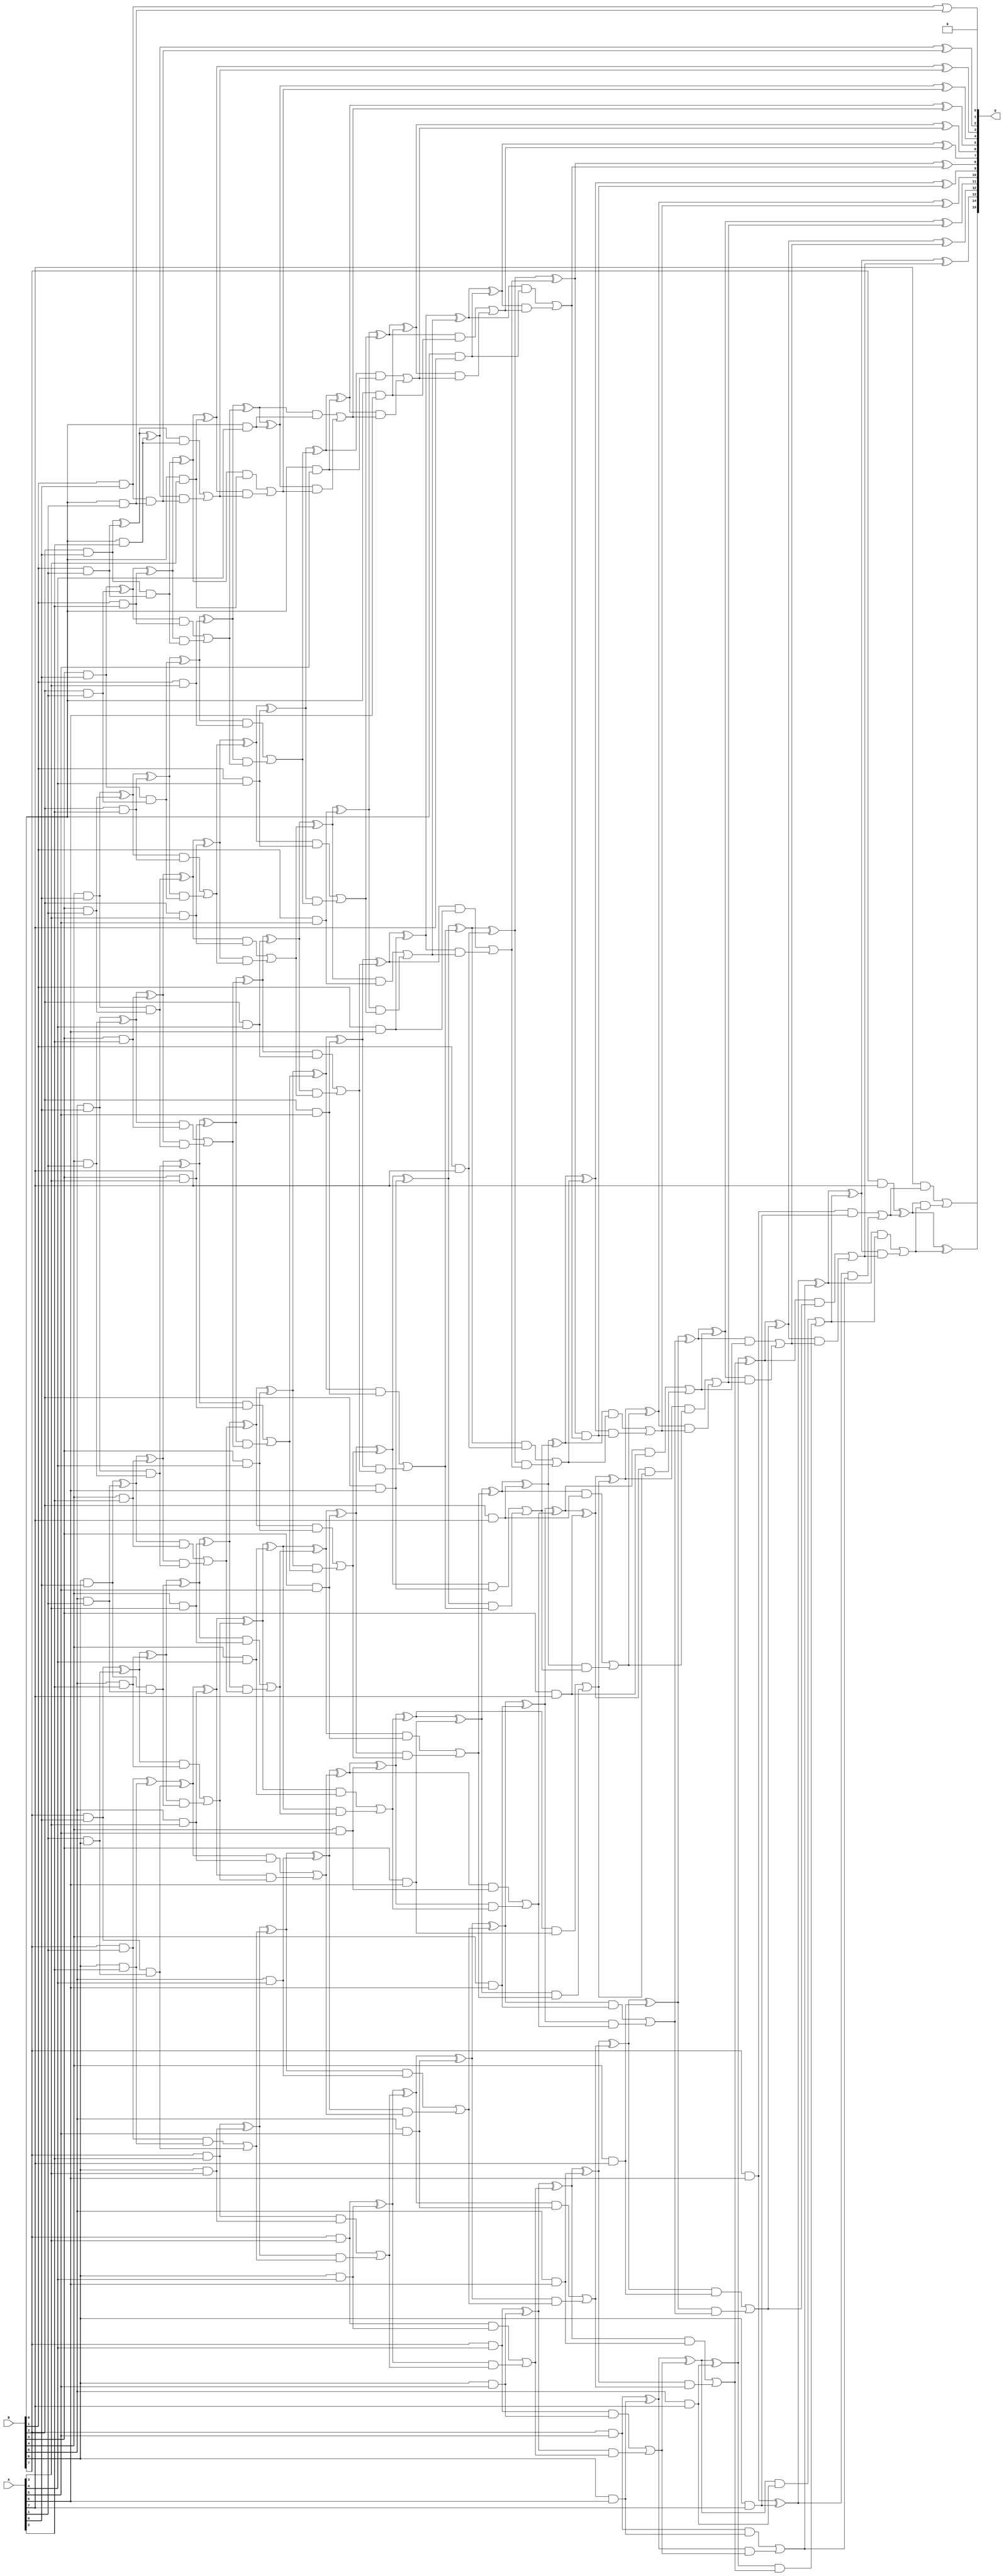
// This program was cloned from: https://github.com/ehw-fit/evoapproxlib
// License: MIT License

/***
* This code is a part of EvoApproxLib library (ehw.fit.vutbr.cz/approxlib) distributed under The MIT License.
* When used, please cite the following article(s): V. Mrazek, Z. Vasicek, L. Sekanina, H. Jiang and J. Han, "Scalable Construction of Approximate Multipliers With Formally Guaranteed Worst Case Error" in IEEE Transactions on Very Large Scale Integration (VLSI) Systems, vol. 26, no. 11, pp. 2572-2576, Nov. 2018. doi: 10.1109/TVLSI.2018.2856362 
* This file contains a circuit from a sub-set of pareto optimal circuits with respect to the pwr and ep parameters
***/
// MAE% = 0.0000015 %
// MAE = 64 
// WCE% = 0.000006 %
// WCE = 257 
// WCRE% = 100.00 %
// EP% = 37.50 %
// MRE% = 0.00011 %
// MSE = 16416 
// PDK45_PWR = 2.184 mW
// PDK45_AREA = 3084.2 um2
// PDK45_DELAY = 3.12 ns

module mult8_cgp14ep_ep49152_wc1_2_csamrca (
    A,
    B,
    O
);

input [7:0] A;
input [7:0] B;
output [15:0] O;

wire sig_16,sig_17,sig_18,sig_19,sig_20,sig_21,sig_22,sig_23,sig_24,sig_25,sig_26,sig_27,sig_28,sig_29,sig_30,sig_31,sig_32,sig_33,sig_34,sig_35;
wire sig_36,sig_37,sig_38,sig_39,sig_40,sig_41,sig_42,sig_43,sig_44,sig_45,sig_46,sig_47,sig_48,sig_49,sig_50,sig_51,sig_52,sig_53,sig_54,sig_55;
wire sig_56,sig_57,sig_58,sig_59,sig_60,sig_61,sig_62,sig_63,sig_64,sig_65,sig_66,sig_67,sig_68,sig_69,sig_70,sig_71,sig_72,sig_73,sig_74,sig_75;
wire sig_76,sig_77,sig_78,sig_79,sig_80,sig_81,sig_82,sig_83,sig_84,sig_85,sig_87,sig_88,sig_89,sig_90,sig_91,sig_92,sig_93,sig_94,sig_95,sig_96;
wire sig_97,sig_98,sig_99,sig_100,sig_101,sig_102,sig_103,sig_104,sig_105,sig_106,sig_107,sig_108,sig_109,sig_110,sig_111,sig_112,sig_113,sig_114,sig_115,sig_116;
wire sig_117,sig_118,sig_119,sig_120,sig_121,sig_122,sig_123,sig_124,sig_125,sig_126,sig_127,sig_128,sig_129,sig_130,sig_131,sig_132,sig_133,sig_134,sig_135,sig_136;
wire sig_137,sig_138,sig_139,sig_140,sig_141,sig_142,sig_143,sig_144,sig_145,sig_146,sig_147,sig_148,sig_149,sig_150,sig_151,sig_152,sig_153,sig_154,sig_155,sig_156;
wire sig_157,sig_158,sig_159,sig_160,sig_161,sig_162,sig_163,sig_164,sig_165,sig_166,sig_167,sig_168,sig_169,sig_170,sig_171,sig_172,sig_173,sig_174,sig_175,sig_176;
wire sig_177,sig_178,sig_179,sig_180,sig_181,sig_182,sig_183,sig_184,sig_185,sig_186,sig_187,sig_188,sig_189,sig_190,sig_191,sig_192,sig_193,sig_194,sig_195,sig_196;
wire sig_197,sig_198,sig_199,sig_200,sig_201,sig_202,sig_203,sig_204,sig_205,sig_206,sig_207,sig_208,sig_209,sig_210,sig_211,sig_212,sig_213,sig_214,sig_215,sig_216;
wire sig_217,sig_218,sig_219,sig_220,sig_221,sig_222,sig_223,sig_224,sig_225,sig_226,sig_227,sig_228,sig_229,sig_230,sig_231,sig_232,sig_233,sig_234,sig_235,sig_236;
wire sig_237,sig_238,sig_239,sig_240,sig_241,sig_242,sig_243,sig_244,sig_245,sig_246,sig_247,sig_248,sig_249,sig_250,sig_251,sig_252,sig_253,sig_254,sig_255,sig_256;
wire sig_257,sig_258,sig_259,sig_260,sig_261,sig_262,sig_263,sig_264,sig_265,sig_266,sig_267,sig_268,sig_269,sig_270,sig_271,sig_272,sig_273,sig_274,sig_275,sig_276;
wire sig_277,sig_278,sig_279,sig_280,sig_281,sig_282,sig_283,sig_284,sig_285,sig_286,sig_287,sig_288,sig_289,sig_290,sig_291,sig_292,sig_293,sig_294,sig_295,sig_296;
wire sig_297,sig_298,sig_299,sig_300,sig_301,sig_302,sig_303,sig_304,sig_305,sig_306,sig_307,sig_308,sig_309,sig_310,sig_311,sig_312,sig_313,sig_314,sig_315,sig_316;
wire sig_317,sig_318,sig_319,sig_320,sig_321,sig_322,sig_323,sig_324,sig_325,sig_326,sig_327,sig_328,sig_329,sig_330,sig_331,sig_332,sig_333,sig_334,sig_335;

assign sig_16 = A[1] & B[6];
assign sig_17 = B[1] & A[0];
assign sig_18 = B[2] & A[0];
assign sig_19 = B[3] & A[0];
assign sig_20 = B[4] & A[0];
assign sig_21 = B[5] & A[0];
assign sig_22 = B[6] & A[0];
assign sig_23 = B[7] & A[0];
assign sig_24 = B[0] & A[1];
assign sig_25 = B[1] & A[1];
assign sig_26 = B[2] & A[1];
assign sig_27 = B[3] & A[1];
assign sig_28 = B[4] & A[1];
assign sig_29 = B[5] & A[1];
assign sig_30 = B[6] & A[1];
assign sig_31 = B[7] & A[1];
assign sig_32 = sig_17 | sig_24;
assign sig_33 = sig_17 & sig_24;
assign sig_34 = sig_18 ^ sig_25;
assign sig_35 = sig_18 & sig_25;
assign sig_36 = sig_19 ^ sig_26;
assign sig_37 = sig_19 & sig_26;
assign sig_38 = sig_20 ^ sig_27;
assign sig_39 = sig_20 & sig_27;
assign sig_40 = sig_21 ^ sig_28;
assign sig_41 = sig_21 & sig_28;
assign sig_42 = sig_22 ^ sig_29;
assign sig_43 = sig_22 & sig_29;
assign sig_44 = sig_23 ^ sig_16;
assign sig_45 = sig_23 & sig_30;
assign sig_46 = B[0] & A[2];
assign sig_47 = B[1] & A[2];
assign sig_48 = B[2] & A[2];
assign sig_49 = B[3] & A[2];
assign sig_50 = B[4] & A[2];
assign sig_51 = B[5] & A[2];
assign sig_52 = B[6] & A[2];
assign sig_53 = B[7] & A[2];
assign sig_54 = sig_34 ^ sig_46;
assign sig_55 = sig_34 & sig_46;
assign sig_56 = sig_54 & sig_33;
assign sig_57 = sig_54 ^ sig_33;
assign sig_58 = sig_55 | sig_56;
assign sig_59 = sig_36 ^ sig_47;
assign sig_60 = sig_36 & sig_47;
assign sig_61 = sig_59 & sig_35;
assign sig_62 = sig_59 ^ sig_35;
assign sig_63 = sig_60 | sig_61;
assign sig_64 = sig_38 ^ sig_48;
assign sig_65 = sig_38 & sig_48;
assign sig_66 = sig_64 & sig_37;
assign sig_67 = sig_64 ^ sig_37;
assign sig_68 = sig_65 | sig_66;
assign sig_69 = sig_40 ^ sig_49;
assign sig_70 = sig_40 & sig_49;
assign sig_71 = sig_69 & sig_39;
assign sig_72 = sig_69 ^ sig_39;
assign sig_73 = sig_70 | sig_71;
assign sig_74 = sig_42 ^ sig_50;
assign sig_75 = sig_42 & sig_50;
assign sig_76 = sig_74 & sig_41;
assign sig_77 = sig_74 ^ sig_41;
assign sig_78 = sig_75 | sig_76;
assign sig_79 = sig_44 ^ sig_51;
assign sig_80 = sig_44 & sig_51;
assign sig_81 = sig_79 & sig_43;
assign sig_82 = sig_79 ^ sig_43;
assign sig_83 = sig_80 | sig_81;
assign sig_84 = sig_31 ^ sig_52;
assign sig_85 = sig_31 & sig_52;
assign sig_87 = sig_84 ^ sig_45;
assign sig_88 = sig_85 | sig_45;
assign sig_89 = B[0] & A[3];
assign sig_90 = B[1] & A[3];
assign sig_91 = B[2] & A[3];
assign sig_92 = B[3] & A[3];
assign sig_93 = B[4] & A[3];
assign sig_94 = B[5] & A[3];
assign sig_95 = B[6] & A[3];
assign sig_96 = B[7] & A[3];
assign sig_97 = sig_62 ^ sig_89;
assign sig_98 = sig_62 & sig_89;
assign sig_99 = sig_97 & sig_58;
assign sig_100 = sig_97 ^ sig_58;
assign sig_101 = sig_98 | sig_99;
assign sig_102 = sig_67 ^ sig_90;
assign sig_103 = sig_67 & sig_90;
assign sig_104 = sig_102 & sig_63;
assign sig_105 = sig_102 ^ sig_63;
assign sig_106 = sig_103 | sig_104;
assign sig_107 = sig_72 ^ sig_91;
assign sig_108 = sig_72 & sig_91;
assign sig_109 = sig_107 & sig_68;
assign sig_110 = sig_107 ^ sig_68;
assign sig_111 = sig_108 | sig_109;
assign sig_112 = sig_77 ^ sig_92;
assign sig_113 = sig_77 & sig_92;
assign sig_114 = sig_112 & sig_73;
assign sig_115 = sig_112 ^ sig_73;
assign sig_116 = sig_113 | sig_114;
assign sig_117 = sig_82 ^ sig_93;
assign sig_118 = sig_82 & sig_93;
assign sig_119 = sig_117 & sig_78;
assign sig_120 = sig_117 ^ sig_78;
assign sig_121 = sig_118 | sig_119;
assign sig_122 = sig_87 ^ sig_94;
assign sig_123 = sig_87 & sig_94;
assign sig_124 = sig_122 & sig_83;
assign sig_125 = sig_122 ^ sig_83;
assign sig_126 = sig_123 | sig_124;
assign sig_127 = sig_53 ^ sig_95;
assign sig_128 = sig_53 & sig_95;
assign sig_129 = sig_127 & sig_88;
assign sig_130 = sig_127 ^ sig_88;
assign sig_131 = sig_128 | sig_129;
assign sig_132 = B[0] & A[4];
assign sig_133 = B[1] & A[4];
assign sig_134 = B[2] & A[4];
assign sig_135 = B[3] & A[4];
assign sig_136 = B[4] & A[4];
assign sig_137 = B[5] & A[4];
assign sig_138 = B[6] & A[4];
assign sig_139 = B[7] & A[4];
assign sig_140 = sig_105 ^ sig_132;
assign sig_141 = sig_105 & sig_132;
assign sig_142 = sig_140 & sig_101;
assign sig_143 = sig_140 ^ sig_101;
assign sig_144 = sig_141 | sig_142;
assign sig_145 = sig_110 ^ sig_133;
assign sig_146 = sig_110 & sig_133;
assign sig_147 = sig_145 & sig_106;
assign sig_148 = sig_145 ^ sig_106;
assign sig_149 = sig_146 | sig_147;
assign sig_150 = sig_115 ^ sig_134;
assign sig_151 = sig_115 & sig_134;
assign sig_152 = sig_150 & sig_111;
assign sig_153 = sig_150 ^ sig_111;
assign sig_154 = sig_151 | sig_152;
assign sig_155 = sig_120 ^ sig_135;
assign sig_156 = sig_120 & sig_135;
assign sig_157 = sig_155 & sig_116;
assign sig_158 = sig_155 ^ sig_116;
assign sig_159 = sig_156 | sig_157;
assign sig_160 = sig_125 ^ sig_136;
assign sig_161 = sig_125 & sig_136;
assign sig_162 = sig_160 & sig_121;
assign sig_163 = sig_160 ^ sig_121;
assign sig_164 = sig_161 | sig_162;
assign sig_165 = sig_130 ^ sig_137;
assign sig_166 = sig_130 & sig_137;
assign sig_167 = sig_165 & sig_126;
assign sig_168 = sig_165 ^ sig_126;
assign sig_169 = sig_166 | sig_167;
assign sig_170 = sig_96 ^ sig_138;
assign sig_171 = sig_96 & sig_138;
assign sig_172 = sig_170 & sig_131;
assign sig_173 = sig_170 ^ sig_131;
assign sig_174 = sig_171 | sig_172;
assign sig_175 = B[0] & A[5];
assign sig_176 = B[1] & A[5];
assign sig_177 = B[2] & A[5];
assign sig_178 = B[3] & A[5];
assign sig_179 = B[4] & A[5];
assign sig_180 = B[5] & A[5];
assign sig_181 = B[6] & A[5];
assign sig_182 = B[7] & A[5];
assign sig_183 = sig_148 ^ sig_175;
assign sig_184 = sig_148 & sig_175;
assign sig_185 = sig_183 & sig_144;
assign sig_186 = sig_183 ^ sig_144;
assign sig_187 = sig_184 | sig_185;
assign sig_188 = sig_153 ^ sig_176;
assign sig_189 = sig_153 & sig_176;
assign sig_190 = sig_188 & sig_149;
assign sig_191 = sig_188 ^ sig_149;
assign sig_192 = sig_189 | sig_190;
assign sig_193 = sig_158 ^ sig_177;
assign sig_194 = sig_158 & sig_177;
assign sig_195 = sig_193 & sig_154;
assign sig_196 = sig_193 ^ sig_154;
assign sig_197 = sig_194 | sig_195;
assign sig_198 = sig_163 ^ sig_178;
assign sig_199 = sig_163 & sig_178;
assign sig_200 = sig_198 & sig_159;
assign sig_201 = sig_198 ^ sig_159;
assign sig_202 = sig_199 | sig_200;
assign sig_203 = sig_168 ^ sig_179;
assign sig_204 = sig_168 & sig_179;
assign sig_205 = sig_203 & sig_164;
assign sig_206 = sig_203 ^ sig_164;
assign sig_207 = sig_204 | sig_205;
assign sig_208 = sig_173 ^ sig_180;
assign sig_209 = sig_173 & sig_180;
assign sig_210 = sig_208 & sig_169;
assign sig_211 = sig_208 ^ sig_169;
assign sig_212 = sig_209 | sig_210;
assign sig_213 = sig_139 ^ sig_181;
assign sig_214 = sig_139 & sig_181;
assign sig_215 = sig_213 & sig_174;
assign sig_216 = sig_213 ^ sig_174;
assign sig_217 = sig_214 | sig_215;
assign sig_218 = B[0] & A[6];
assign sig_219 = B[1] & A[6];
assign sig_220 = B[2] & A[6];
assign sig_221 = B[3] & A[6];
assign sig_222 = B[4] & A[6];
assign sig_223 = B[5] & A[6];
assign sig_224 = B[6] & A[6];
assign sig_225 = B[7] & A[6];
assign sig_226 = sig_191 ^ sig_218;
assign sig_227 = sig_191 & sig_218;
assign sig_228 = sig_226 & sig_187;
assign sig_229 = sig_226 ^ sig_187;
assign sig_230 = sig_227 | sig_228;
assign sig_231 = sig_196 ^ sig_219;
assign sig_232 = sig_196 & sig_219;
assign sig_233 = sig_231 & sig_192;
assign sig_234 = sig_231 ^ sig_192;
assign sig_235 = sig_232 | sig_233;
assign sig_236 = sig_201 ^ sig_220;
assign sig_237 = sig_201 & sig_220;
assign sig_238 = sig_236 & sig_197;
assign sig_239 = sig_236 ^ sig_197;
assign sig_240 = sig_237 | sig_238;
assign sig_241 = sig_206 ^ sig_221;
assign sig_242 = sig_206 & sig_221;
assign sig_243 = sig_241 & sig_202;
assign sig_244 = sig_241 ^ sig_202;
assign sig_245 = sig_242 | sig_243;
assign sig_246 = sig_211 ^ sig_222;
assign sig_247 = sig_211 & sig_222;
assign sig_248 = sig_246 & sig_207;
assign sig_249 = sig_246 ^ sig_207;
assign sig_250 = sig_247 | sig_248;
assign sig_251 = sig_216 ^ sig_223;
assign sig_252 = sig_216 & sig_223;
assign sig_253 = sig_251 & sig_212;
assign sig_254 = sig_251 ^ sig_212;
assign sig_255 = sig_252 | sig_253;
assign sig_256 = sig_182 ^ sig_224;
assign sig_257 = sig_182 & sig_224;
assign sig_258 = sig_256 & sig_217;
assign sig_259 = sig_256 ^ sig_217;
assign sig_260 = sig_257 | sig_258;
assign sig_261 = B[0] & A[7];
assign sig_262 = B[1] & A[7];
assign sig_263 = B[2] & A[7];
assign sig_264 = B[3] & A[7];
assign sig_265 = B[4] & A[7];
assign sig_266 = B[5] & A[7];
assign sig_267 = B[6] & A[7];
assign sig_268 = B[7] & A[7];
assign sig_269 = sig_234 ^ sig_261;
assign sig_270 = sig_234 & sig_261;
assign sig_271 = sig_269 & sig_230;
assign sig_272 = sig_269 ^ sig_230;
assign sig_273 = sig_270 | sig_271;
assign sig_274 = sig_239 ^ sig_262;
assign sig_275 = sig_239 & sig_262;
assign sig_276 = sig_274 & sig_235;
assign sig_277 = sig_274 ^ sig_235;
assign sig_278 = sig_275 | sig_276;
assign sig_279 = sig_244 ^ sig_263;
assign sig_280 = sig_244 & sig_263;
assign sig_281 = sig_279 & sig_240;
assign sig_282 = sig_279 ^ sig_240;
assign sig_283 = sig_280 | sig_281;
assign sig_284 = sig_249 ^ sig_264;
assign sig_285 = sig_249 & sig_264;
assign sig_286 = sig_284 & sig_245;
assign sig_287 = sig_284 ^ sig_245;
assign sig_288 = sig_285 | sig_286;
assign sig_289 = sig_254 ^ sig_265;
assign sig_290 = sig_254 & sig_265;
assign sig_291 = sig_289 & sig_250;
assign sig_292 = sig_289 ^ sig_250;
assign sig_293 = sig_290 | sig_291;
assign sig_294 = sig_259 ^ sig_266;
assign sig_295 = sig_259 & sig_266;
assign sig_296 = sig_294 & sig_255;
assign sig_297 = sig_294 ^ sig_255;
assign sig_298 = sig_295 | sig_296;
assign sig_299 = sig_225 ^ sig_267;
assign sig_300 = sig_225 & sig_267;
assign sig_301 = sig_299 & sig_260;
assign sig_302 = sig_299 ^ sig_260;
assign sig_303 = sig_300 | sig_301;
assign sig_304 = sig_277 ^ sig_273;
assign sig_305 = sig_277 & sig_273;
assign sig_306 = sig_282 ^ sig_278;
assign sig_307 = sig_282 & sig_278;
assign sig_308 = sig_306 & sig_305;
assign sig_309 = sig_306 ^ sig_305;
assign sig_310 = sig_307 | sig_308;
assign sig_311 = sig_287 ^ sig_283;
assign sig_312 = sig_287 & sig_283;
assign sig_313 = sig_311 & sig_310;
assign sig_314 = sig_311 ^ sig_310;
assign sig_315 = sig_312 | sig_313;
assign sig_316 = sig_292 ^ sig_288;
assign sig_317 = sig_292 & sig_288;
assign sig_318 = sig_316 & sig_315;
assign sig_319 = sig_316 ^ sig_315;
assign sig_320 = sig_317 | sig_318;
assign sig_321 = sig_297 ^ sig_293;
assign sig_322 = sig_297 & sig_293;
assign sig_323 = sig_321 & sig_320;
assign sig_324 = sig_321 ^ sig_320;
assign sig_325 = sig_322 | sig_323;
assign sig_326 = sig_302 ^ sig_298;
assign sig_327 = sig_302 & sig_298;
assign sig_328 = sig_326 & sig_325;
assign sig_329 = sig_326 ^ sig_325;
assign sig_330 = sig_327 | sig_328;
assign sig_331 = sig_268 ^ sig_303;
assign sig_332 = A[7] & sig_303;
assign sig_333 = sig_331 & sig_330;
assign sig_334 = sig_331 ^ sig_330;
assign sig_335 = sig_332 | sig_333;

assign O[15] = sig_335;
assign O[14] = sig_334;
assign O[13] = sig_329;
assign O[12] = sig_324;
assign O[11] = sig_319;
assign O[10] = sig_314;
assign O[9] = sig_309;
assign O[8] = sig_304;
assign O[7] = sig_272;
assign O[6] = sig_229;
assign O[5] = sig_186;
assign O[4] = sig_143;
assign O[3] = sig_100;
assign O[2] = sig_57;
assign O[1] = sig_32;
assign O[0] = 1'b0;

endmodule


module trun8_tam00b ( A, B, O );
  input [7:0] A;
  input [7:0] B;
  output [15:0] O;

  wire C_1_0,C_1_1,C_1_2,C_1_3,C_1_4,C_1_5,C_1_6,C_2_0,C_2_1,C_2_2,C_2_3,C_2_4,C_2_5,C_2_6,C_3_0,C_3_1,C_3_2,C_3_3,C_3_4,C_3_5,C_3_6,C_4_0,C_4_1,C_4_2,C_4_3,C_4_4,C_4_5,C_4_6,C_5_0,C_5_1,C_5_2,C_5_3,C_5_4,C_5_5,C_5_6,C_6_0,C_6_1,C_6_2,C_6_3,C_6_4,C_6_5,C_6_6,C_7_0,C_7_1,C_7_2,C_7_3,C_7_4,C_7_5,C_7_6,S_0_0,S_0_1,S_0_2,S_0_3,S_0_4,S_0_5,S_0_6,S_0_7,S_1_0,S_1_1,S_1_2,S_1_3,S_1_4,S_1_5,S_1_6,S_1_7,S_2_0,S_2_1,S_2_2,S_2_3,S_2_4,S_2_5,S_2_6,S_2_7,S_3_0,S_3_1,S_3_2,S_3_3,S_3_4,S_3_5,S_3_6,S_3_7,S_4_0,S_4_1,S_4_2,S_4_3,S_4_4,S_4_5,S_4_6,S_4_7,S_5_0,S_5_1,S_5_2,S_5_3,S_5_4,S_5_5,S_5_6,S_5_7,S_6_0,S_6_1,S_6_2,S_6_3,S_6_4,S_6_5,S_6_6,S_6_7,S_7_0,S_7_1,S_7_2,S_7_3,S_7_4,S_7_5,S_7_6,S_7_7,S_8_0,S_8_1,S_8_2,S_8_3,S_8_4,S_8_5,S_8_6,S_8_7;

  assign S_0_0 = (A[0] & B[0]);
  assign S_0_1 = (A[0] & B[1]);
  assign S_0_2 = (A[0] & B[2]);
  assign S_0_3 = (A[0] & B[3]);
  assign S_0_4 = (A[0] & B[4]);
  assign S_0_5 = (A[0] & B[5]);
  assign S_0_6 = (A[0] & B[6]);
  assign S_0_7 = (A[0] & B[7]);
  PDKGENHAX1 U13609 (.A(S_0_1), .B((A[1] & B[0])), .YS(S_1_0), .YC(C_1_0));
  PDKGENHAX1 U13610 (.A(S_0_2), .B((A[1] & B[1])), .YS(S_1_1), .YC(C_1_1));
  PDKGENHAX1 U13611 (.A(S_0_3), .B((A[1] & B[2])), .YS(S_1_2), .YC(C_1_2));
  PDKGENHAX1 U13612 (.A(S_0_4), .B((A[1] & B[3])), .YS(S_1_3), .YC(C_1_3));
  PDKGENHAX1 U13613 (.A(S_0_5), .B((A[1] & B[4])), .YS(S_1_4), .YC(C_1_4));
  PDKGENHAX1 U13614 (.A(S_0_6), .B((A[1] & B[5])), .YS(S_1_5), .YC(C_1_5));
  PDKGENHAX1 U13615 (.A(S_0_7), .B((A[1] & B[6])), .YS(S_1_6), .YC(C_1_6));
  assign S_1_7 = (A[1] & B[7]);
  PDKGENFAX1 U13617 (.A(S_1_1), .B(C_1_0), .C((A[2] & B[0])), .YS(S_2_0), .YC(C_2_0));
  PDKGENFAX1 U13618 (.A(S_1_2), .B(C_1_1), .C((A[2] & B[1])), .YS(S_2_1), .YC(C_2_1));
  PDKGENFAX1 U13619 (.A(S_1_3), .B(C_1_2), .C((A[2] & B[2])), .YS(S_2_2), .YC(C_2_2));
  PDKGENFAX1 U13620 (.A(S_1_4), .B(C_1_3), .C((A[2] & B[3])), .YS(S_2_3), .YC(C_2_3));
  PDKGENFAX1 U13621 (.A(S_1_5), .B(C_1_4), .C((A[2] & B[4])), .YS(S_2_4), .YC(C_2_4));
  PDKGENFAX1 U13622 (.A(S_1_6), .B(C_1_5), .C((A[2] & B[5])), .YS(S_2_5), .YC(C_2_5));
  PDKGENFAX1 U13623 (.A(S_1_7), .B(C_1_6), .C((A[2] & B[6])), .YS(S_2_6), .YC(C_2_6));
  assign S_2_7 = (A[2] & B[7]);
  PDKGENFAX1 U13625 (.A(S_2_1), .B(C_2_0), .C((A[3] & B[0])), .YS(S_3_0), .YC(C_3_0));
  PDKGENFAX1 U13626 (.A(S_2_2), .B(C_2_1), .C((A[3] & B[1])), .YS(S_3_1), .YC(C_3_1));
  PDKGENFAX1 U13627 (.A(S_2_3), .B(C_2_2), .C((A[3] & B[2])), .YS(S_3_2), .YC(C_3_2));
  PDKGENFAX1 U13628 (.A(S_2_4), .B(C_2_3), .C((A[3] & B[3])), .YS(S_3_3), .YC(C_3_3));
  PDKGENFAX1 U13629 (.A(S_2_5), .B(C_2_4), .C((A[3] & B[4])), .YS(S_3_4), .YC(C_3_4));
  PDKGENFAX1 U13630 (.A(S_2_6), .B(C_2_5), .C((A[3] & B[5])), .YS(S_3_5), .YC(C_3_5));
  PDKGENFAX1 U13631 (.A(S_2_7), .B(C_2_6), .C((A[3] & B[6])), .YS(S_3_6), .YC(C_3_6));
  assign S_3_7 = (A[3] & B[7]);
  PDKGENFAX1 U13633 (.A(S_3_1), .B(C_3_0), .C((A[4] & B[0])), .YS(S_4_0), .YC(C_4_0));
  PDKGENFAX1 U13634 (.A(S_3_2), .B(C_3_1), .C((A[4] & B[1])), .YS(S_4_1), .YC(C_4_1));
  PDKGENFAX1 U13635 (.A(S_3_3), .B(C_3_2), .C((A[4] & B[2])), .YS(S_4_2), .YC(C_4_2));
  PDKGENFAX1 U13636 (.A(S_3_4), .B(C_3_3), .C((A[4] & B[3])), .YS(S_4_3), .YC(C_4_3));
  PDKGENFAX1 U13637 (.A(S_3_5), .B(C_3_4), .C((A[4] & B[4])), .YS(S_4_4), .YC(C_4_4));
  PDKGENFAX1 U13638 (.A(S_3_6), .B(C_3_5), .C((A[4] & B[5])), .YS(S_4_5), .YC(C_4_5));
  PDKGENFAX1 U13639 (.A(S_3_7), .B(C_3_6), .C((A[4] & B[6])), .YS(S_4_6), .YC(C_4_6));
  assign S_4_7 = (A[4] & B[7]);
  PDKGENFAX1 U13641 (.A(S_4_1), .B(C_4_0), .C((A[5] & B[0])), .YS(S_5_0), .YC(C_5_0));
  PDKGENFAX1 U13642 (.A(S_4_2), .B(C_4_1), .C((A[5] & B[1])), .YS(S_5_1), .YC(C_5_1));
  PDKGENFAX1 U13643 (.A(S_4_3), .B(C_4_2), .C((A[5] & B[2])), .YS(S_5_2), .YC(C_5_2));
  PDKGENFAX1 U13644 (.A(S_4_4), .B(C_4_3), .C((A[5] & B[3])), .YS(S_5_3), .YC(C_5_3));
  PDKGENFAX1 U13645 (.A(S_4_5), .B(C_4_4), .C((A[5] & B[4])), .YS(S_5_4), .YC(C_5_4));
  PDKGENFAX1 U13646 (.A(S_4_6), .B(C_4_5), .C((A[5] & B[5])), .YS(S_5_5), .YC(C_5_5));
  PDKGENFAX1 U13647 (.A(S_4_7), .B(C_4_6), .C((A[5] & B[6])), .YS(S_5_6), .YC(C_5_6));
  assign S_5_7 = (A[5] & B[7]);
  PDKGENFAX1 U13649 (.A(S_5_1), .B(C_5_0), .C((A[6] & B[0])), .YS(S_6_0), .YC(C_6_0));
  PDKGENFAX1 U13650 (.A(S_5_2), .B(C_5_1), .C((A[6] & B[1])), .YS(S_6_1), .YC(C_6_1));
  PDKGENFAX1 U13651 (.A(S_5_3), .B(C_5_2), .C((A[6] & B[2])), .YS(S_6_2), .YC(C_6_2));
  PDKGENFAX1 U13652 (.A(S_5_4), .B(C_5_3), .C((A[6] & B[3])), .YS(S_6_3), .YC(C_6_3));
  PDKGENFAX1 U13653 (.A(S_5_5), .B(C_5_4), .C((A[6] & B[4])), .YS(S_6_4), .YC(C_6_4));
  PDKGENFAX1 U13654 (.A(S_5_6), .B(C_5_5), .C((A[6] & B[5])), .YS(S_6_5), .YC(C_6_5));
  PDKGENFAX1 U13655 (.A(S_5_7), .B(C_5_6), .C((A[6] & B[6])), .YS(S_6_6), .YC(C_6_6));
  assign S_6_7 = (A[6] & B[7]);
  PDKGENFAX1 U13657 (.A(S_6_1), .B(C_6_0), .C((A[7] & B[0])), .YS(S_7_0), .YC(C_7_0));
  PDKGENFAX1 U13658 (.A(S_6_2), .B(C_6_1), .C((A[7] & B[1])), .YS(S_7_1), .YC(C_7_1));
  PDKGENFAX1 U13659 (.A(S_6_3), .B(C_6_2), .C((A[7] & B[2])), .YS(S_7_2), .YC(C_7_2));
  PDKGENFAX1 U13660 (.A(S_6_4), .B(C_6_3), .C((A[7] & B[3])), .YS(S_7_3), .YC(C_7_3));
  PDKGENFAX1 U13661 (.A(S_6_5), .B(C_6_4), .C((A[7] & B[4])), .YS(S_7_4), .YC(C_7_4));
  PDKGENFAX1 U13662 (.A(S_6_6), .B(C_6_5), .C((A[7] & B[5])), .YS(S_7_5), .YC(C_7_5));
  PDKGENFAX1 U13663 (.A(S_6_7), .B(C_6_6), .C((A[7] & B[6])), .YS(S_7_6), .YC(C_7_6));
  assign S_7_7 = (A[7] & B[7]);
  assign {S_8_7, S_8_6, S_8_5, S_8_4, S_8_3, S_8_2, S_8_1, S_8_0} = {C_7_6, C_7_5, C_7_4, C_7_3, C_7_2, C_7_1, C_7_0} + {S_7_7, S_7_6, S_7_5, S_7_4, S_7_3, S_7_2, S_7_1};
  assign O = {S_8_7,S_8_6,S_8_5,S_8_4,S_8_3,S_8_2,S_8_1,S_8_0,S_7_0,S_6_0,S_5_0,S_4_0,S_3_0,S_2_0,S_1_0,S_0_0};

endmodule
module CLA32bit(a,b,c_in,sum,c_out);

input [31:0]a,b;
input c_in;
output [31:0]sum;
output c_out;

wire [31:0] sum_out,  p,  g;
wire [7:0] PPP, GGG;
wire [8:0] CC;

assign p[31:0] = a[31:0] ^ b[31:0];
assign g[31:0] = a[31:0] & b[31:0];

assign PPP[0]= p [3] & p [2] & p [1] & p [0];
assign PPP[1]= p [7] & p [6] & p [5] & p [4];
assign PPP[2]= p[11] & p[10] & p [9] & p [8];
assign PPP[3]= p[15] & p[14] & p[13] & p[12];
assign PPP[4]= p[19] & p[18] & p[17] & p[16];
assign PPP[5]= p[23] & p[22] & p[21] & p[20];
assign PPP[6]= p[27] & p[26] & p[25] & p[24];
assign PPP[7]= p[31] & p[30] & p[29] & p[28];

assign GGG[0]= g[3]  | (p [3] & g [2])  | (p [3] & p [2] & g [1])  | (p [3] & p [2] & p [1] & g [0]) ;
assign GGG[1]= g[7]  | (p [7] & g [6])  | (p [7] & p [6] & g [5])  | (p [7] & p [6] & p [5] & g [4]);
assign GGG[2]= g[11] | (p[11] & g[10])  | (p[11] & p[10] & g [9])  | (p[11] & p[10] & p [9] & g [8]);
assign GGG[3]= g[15] | (p[15] & g[14])  | (p[15] & p[14] & g[13])  | (p[15] & p[14] & p[13] & g[12]);
assign GGG[4]= g[19] | (p[19] & g[18])  | (p[19] & p[18] & g[17])  | (p[19] & p[18] & p[17] & g[16]);
assign GGG[5]= g[23] | (p[23] & g[22])  | (p[23] & p[22] & g[21])  | (p[23] & p[22] & p[21] & g[20]);
assign GGG[6]= g[27] | (p[27] & g[26])  | (p[27] & p[26] & g[25])  | (p[27] & p[26] & p[25] & g[24]);
assign GGG[7]= g[31] | (p[31] & g[30])  | (p[31] & p[30] & g[29])  | (p[31] & p[30] & p[29] & g[28]);
assign CC[0] = c_in;
assign CC[1] = GGG[0]  |  PPP[0]&  CC[0];
assign CC[2] = GGG[1]  |  PPP[1]&GGG[0]  |  PPP[1]&PPP[0]&  CC[0];
assign CC[3] = GGG[2]  |  PPP[2]&GGG[1]  |  PPP[2]&PPP[1]&GGG[0]  |  PPP[2]&PPP[1]&PPP[0]&  CC[0];
assign CC[4] = GGG[3]  |  PPP[3]&GGG[2]  |  PPP[3]&PPP[2]&GGG[1]  |  PPP[3]&PPP[2]&PPP[1]&GGG[0]  |  PPP[3]&PPP[2]&PPP[1]&PPP[0]&  CC[0];
assign CC[5] = GGG[4]  |  PPP[4]&GGG[3]  |  PPP[4]&PPP[3]&GGG[2]  |  PPP[4]&PPP[3]&PPP[2]&GGG[1]  |  PPP[4]&PPP[3]&PPP[2]&PPP[1]&GGG[0] |  PPP[4]&PPP[3]&PPP[2]&PPP[1]&PPP[0]&  CC[0];
assign CC[6] = GGG[5]  |  PPP[5]&GGG[4]  |  PPP[5]&PPP[4]&GGG[3]  |  PPP[5]&PPP[4]&PPP[3]&GGG[2]  |  PPP[5]&PPP[4]&PPP[3]&PPP[2]&GGG[1] |  PPP[5]&PPP[4]&PPP[3]&PPP[2]&PPP[1]&GGG[0] |  PPP[5]&PPP[4]&PPP[3]&PPP[2]&PPP[1]&PPP[0]& CC[0];
assign CC[7] = GGG[6]  | PPP[6]&GGG[5]  |  PPP[6]&PPP[5]&GGG[4]  |  PPP[6]&PPP[5]&PPP[4]&GGG[3]  |  PPP[6]&PPP[5]&PPP[4]&PPP[3]&GGG[2]  |  PPP[6]&PPP[5]&PPP[4]&PPP[3]&PPP[2]&GGG[1] |  PPP[6]&PPP[5]&PPP[4]&PPP[3]&PPP[2]&PPP[1]&GGG[0] |  PPP[6]&PPP[5]&PPP[4]&PPP[3]&PPP[2]&PPP[1]&PPP[0] & CC[0];
assign CC[8] = GGG[7] | PPP[7]&GGG[6]  | PPP[7]&PPP[6]&GGG[5]  |  PPP[7]&PPP[6]&PPP[5]&GGG[4]  |  PPP[7]&PPP[6]&PPP[5]&PPP[4]&GGG[3]  |  PPP[7]&PPP[6]&PPP[5]&PPP[4]&PPP[3]&GGG[2]  |  PPP[7]&PPP[6]&PPP[5]&PPP[4]&PPP[3]&PPP[2]&GGG[1] |  PPP[7]&PPP[6]&PPP[5]&PPP[4]&PPP[3]&PPP[2]&PPP[1]&GGG[0] |  PPP[7]&PPP[6]&PPP[5]&PPP[4]&PPP[3]&PPP[2]&PPP[1]&PPP[0] & CC[0];
cla_4bit cla4bit1(.aa(a  [3:0]),  .bb(b  [3:0]),  .cin(CC[0]),   .pp(p  [3:0]),  .gg(g  [3:0]),   .summ(sum  [3:0]));
cla_4bit cla4bit2(.aa(a  [7:4]),  .bb(b  [7:4]),  .cin(CC[1]),   .pp(p  [7:4]),  .gg(g  [7:4]),   .summ(sum  [7:4]));
cla_4bit cla4bit3(.aa(a [11:8]),  .bb(b [11:8]),  .cin(CC[2]),   .pp(p [11:8]),  .gg(g [11:8]),   .summ(sum [11:8]));
cla_4bit cla4bit4(.aa(a[15:12]),  .bb(b[15:12]),  .cin(CC[3]),   .pp(p[15:12]),  .gg(g[15:12]),   .summ(sum[15:12]));
cla_4bit cla4bit5(.aa(a[19:16]),  .bb(b[19:16]),  .cin(CC[4]),   .pp(p[19:16]),  .gg(g[19:16]),   .summ(sum[19:16]));
cla_4bit cla4bit6(.aa(a[23:20]),  .bb(b[23:20]),  .cin(CC[5]),   .pp(p[23:20]),  .gg(g[23:20]),   .summ(sum[23:20]));
cla_4bit cla4bit7(.aa(a[27:24]),  .bb(b[27:24]),  .cin(CC[6]),   .pp(p[27:24]),  .gg(g[27:24]),   .summ(sum[27:24]));
cla_4bit cla4bit8(.aa(a[31:28]),  .bb(b[31:28]),  .cin(CC[7]),   .pp(p[31:28]),  .gg(g[31:28]),   .summ(sum[31:28]));

assign c_out=CC[8];

endmodule
module cla_4bit(aa,bb,cin,summ,pp,gg);
input  [3:0] aa,bb,pp,gg;  
input cin;
output [3:0] summ;

wire [3:0] c;

   assign c[0] = cin;
   assign c[1] = gg[0] | (pp[0] & c[0]);
   assign c[2] = gg[1] | (pp[1] & gg[0]) | (pp[1] & pp[0] & c[0]);
   assign c[3] = gg[2] | (pp[2] & gg[1]) | (pp[2] & pp[1] & gg[0])| (pp[2] & pp[1] & pp[0] & c[0]);

   assign summ[3:0] = pp[3:0]  ^  c[3:0];
endmodule

`timescale 1ns/100ps
module mul16u_FGN ( input[15:0] A,
                   input[15:0] B,
                   output [31:0] O
                 );

wire [15:0] ll,lh,hl,hh;
wire [31:0] llhhlh_sum;
wire [31:0] shifted_llhh, shifted_lh, shifted_hl;

localparam MAX1 = 15;
localparam MIN1 = 8;

localparam MAX2 = 7;
localparam MIN2 = 0;

mult8_cgp14ep_ep49152_wc1_2_csamrca LxL (.A(A[MAX2:MIN2]), .B(B[MAX2:MIN2]), .O(ll));
mult8_cgp14ep_ep49152_wc1_2_csamrca HxL (.A(A[MAX1:MIN1]), .B(B[MAX2:MIN2]), .O(hl));
trun8_tam00b LxH (.A(A[MAX2:MIN2]), .B(B[MAX1:MIN1]), .O(lh));
trun8_tam00b HxH (.A(A[MAX1:MIN1]), .B(B[MAX1:MIN1]), .O(hh));

assign shifted_llhh = { hh, ll }; 
assign shifted_lh = { {8{1'b0}}, lh, {8{1'b0}}}; 
assign shifted_hl = { {8{1'b0}}, hl, {8{1'b0}}};
CLA32bit LLHHLH (.a(shifted_llhh), .b(shifted_lh), .c_in(1'b0), .sum(llhhlh_sum), .c_out());
CLA32bit SUMO (.a(llhhlh_sum), .b(shifted_hl), .c_in(1'b0), .sum(O), .c_out());

endmodule


/* mod */
module PDKGENFAX1( input A, input B, input C, output YS, output YC );
    assign YS = (A ^ B) ^ C;
    assign YC = (A & B) | (B & C) | (A & C);
endmodule
/* mod */
module PDKGENHAX1( input A, input B, output YS, output YC );
    assign YS = A ^ B;
    assign YC = A & B;
endmodule